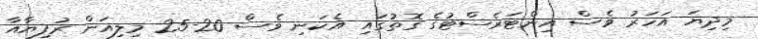
މިދިޔަ އަހަރު ވެސް އިންޓަރެސްޓުގެ ގޮތުގައި އެކަނި ވެސް 20-25 މިލިއަން ރުފިޔާއާ